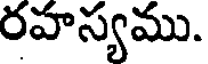
రహస్యము.